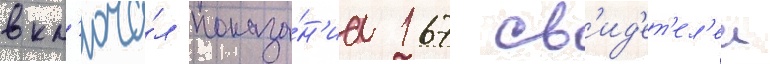
вкл'юча́л показа́н'иа 167 св'ид'ет'ел'еи